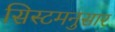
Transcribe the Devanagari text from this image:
सिस्टमनुसार